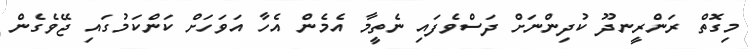
މިގޮތް ރަންރީނދޫ ކުދިންނަށް ދަސްވެފައި ނެތީމާ އެމެން އެހާ އަވަހަށް ކަންކަމުގައި ޖޭވެގެން